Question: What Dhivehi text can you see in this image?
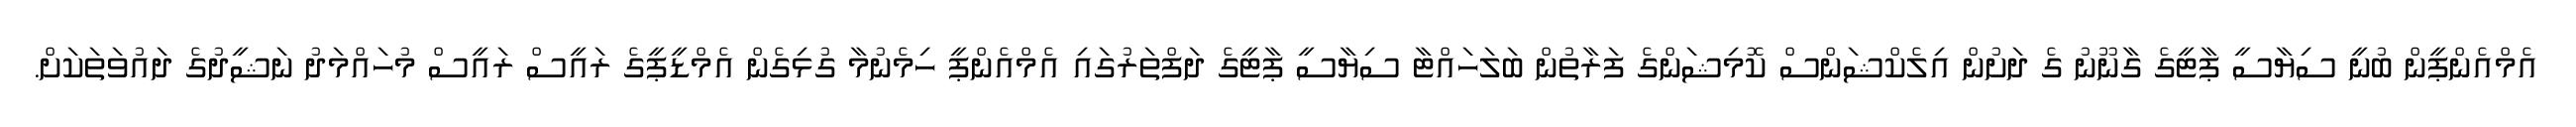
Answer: އެމްއެންޕީން ބުނީ ސިޔާސީ ޕާޓީގެ ގާނޫނު ގެ ދަށުން އިލެކްޝަންސް ކޮމިޝަންގެ ފަރާތުން ބަލަހައްޓާ ސިޔާސީ ޕާޓީގެ ދަފްތަރުގައި އެމްއެންޕީ ހިމެނުމާ ގުޅިގެން އެމްޑީޕީގެ ރައީސް ރައީސް މުހައްމަދު ނަޝީދުގެ ދައުވަތަކަށް.